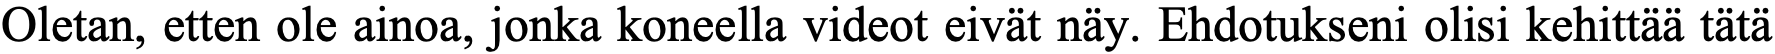
Oletan, etten ole ainoa, jonka koneella videot eivät näy. Ehdotukseni olisi kehittää tätä